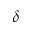
\delta